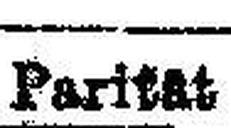
Parität